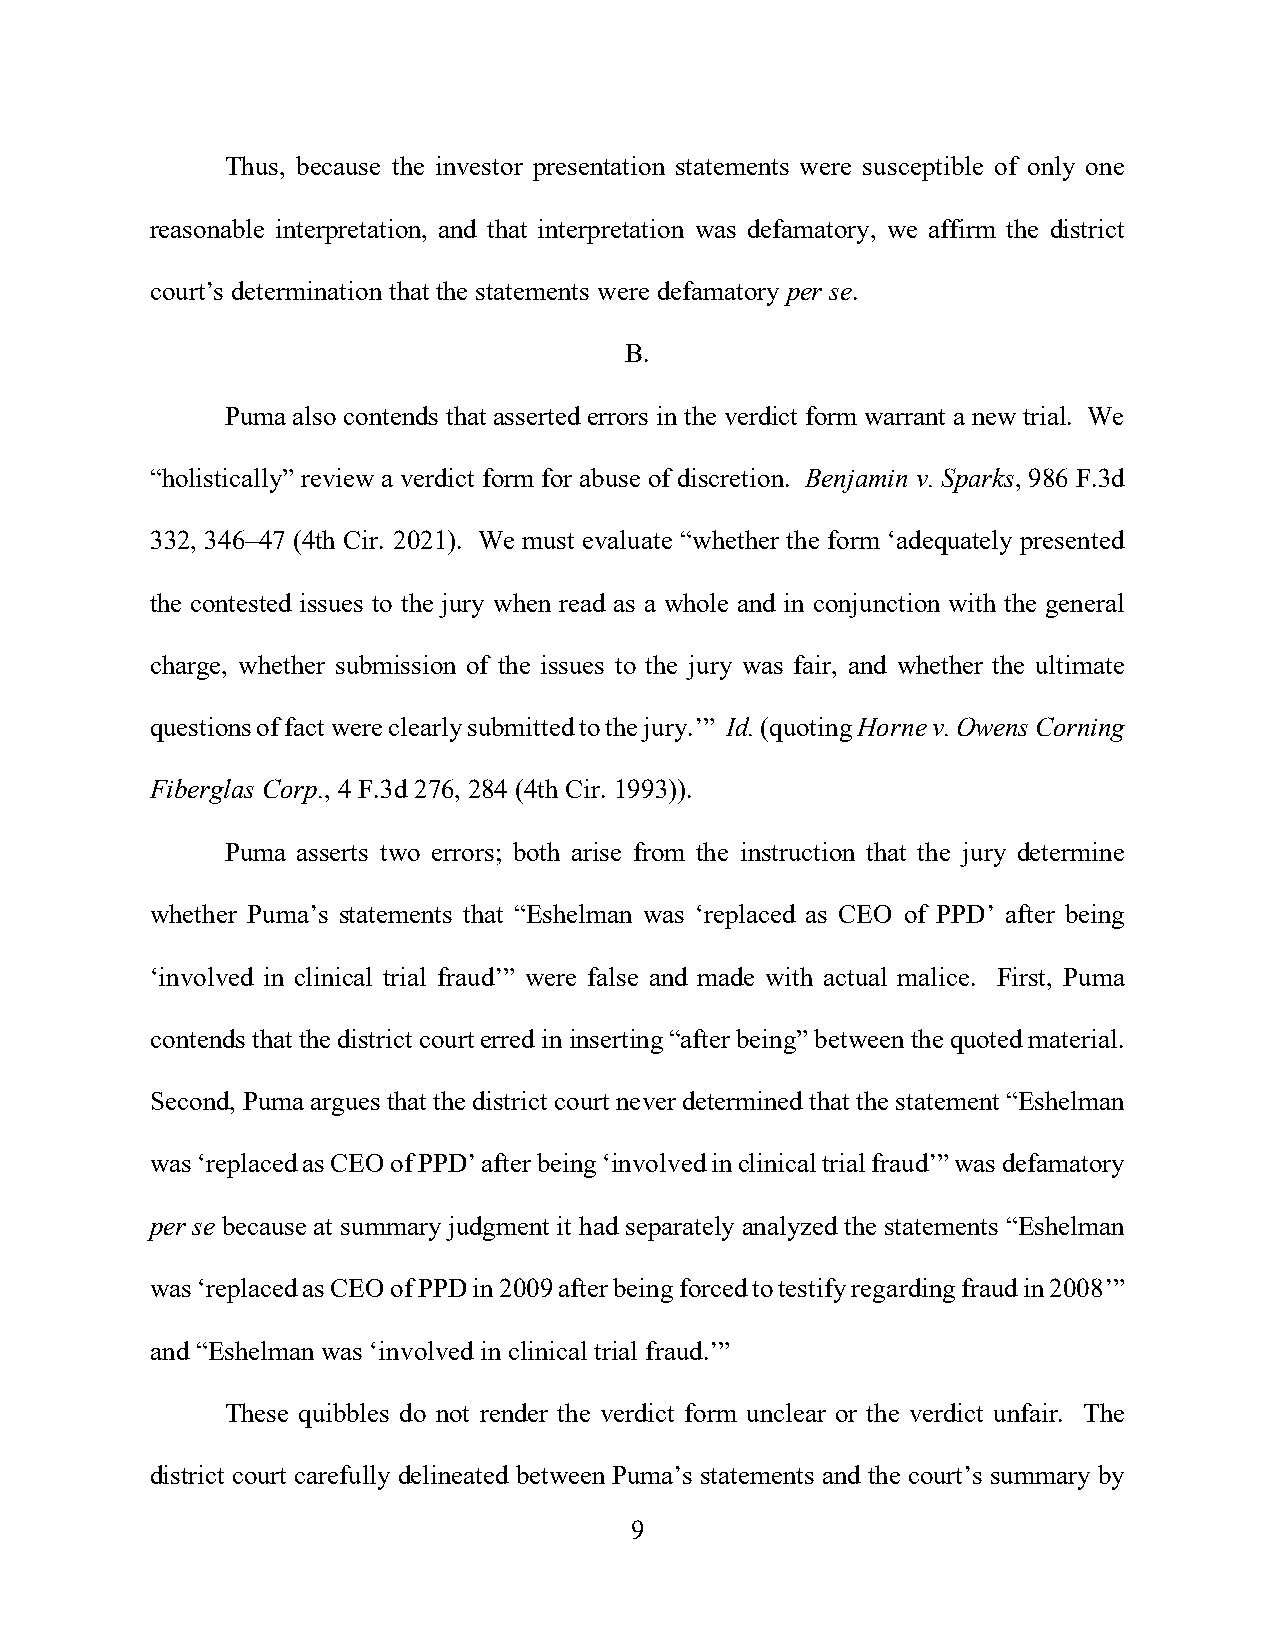
Thus, because the investor presentation statements were susceptible of only one
 reasonable interpretation, and that interpretation was defamatory, we affirm the district
 court’s determination that the statements were defamatory per se.
 B.
 Puma also contends that asserted errors in the verdict form warrant a new trial. We
 “holistically” review a verdict form for abuse of discretion. Benjamin v. Sparks, 986 F.3d
 332, 346–47 (4th Cir. 2021). We must evaluate “whether the form ‘adequately presented
 the contested issues to the jury when read as a whole and in conjunction with the general
 charge, whether submission of the issues to the jury was fair, and whether the ultimate
 questions of fact were clearly submitted to the jury.’” Id. (quoting Horne v. Owens Corning
 Fiberglas Corp., 4 F.3d 276, 284 (4th Cir. 1993)).
 Puma asserts two errors; both arise from the instruction that the jury determine
 whether Puma’s statements that “Eshelman was ‘replaced as CEO of PPD’ after being
 ‘involved in clinical trial fraud’” were false and made with actual malice. First, Puma
 contends that the district court erred in inserting “after being” between the quoted material.
 Second, Puma argues that the district court never determined that the statement “Eshelman
 was ‘replaced as CEO of PPD’ after being ‘involved in clinical trial fraud’” was defamatory
 per se because at summary judgment it had separately analyzed the statements “Eshelman
 was ‘replaced as CEO of PPD in 2009 after being forced to testify regarding fraud in 2008’”
 and “Eshelman was ‘involved in clinical trial fraud.’”
 These quibbles do not render the verdict form unclear or the verdict unfair. The
 district court carefully delineated between Puma’s statements and the court’s summary by
 9